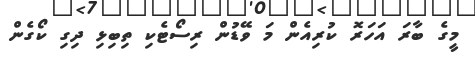
މީގެ ބާރަ އަހަރޮ ކުރިއެން މަ ވޭޑުން ރިސޯޓެކި ތިބިޅި ދިގި ކޯގެން